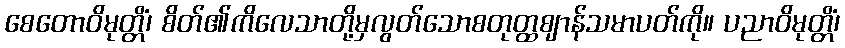
စေတောဝိမုတ္တိံ၊ စိတ်၏ကိလေသာတို့မှလွတ်သောစတုတ္ထဈာန်သမာပတ်ကို။ ပညာဝိမုတ္တိံ၊